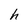
Character: h